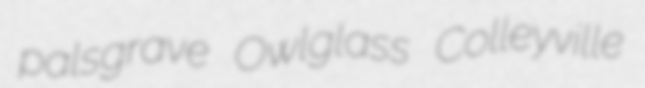
palsgrave Owlglass Colleyville